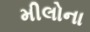
મીલોના